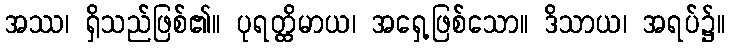
အဿ၊ ရှိသည်ဖြစ်၏။ ပုရတ္ထိမာယ၊ အရှေ့ဖြစ်သော။ ဒိသာယ၊ အရပ်၌။